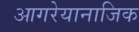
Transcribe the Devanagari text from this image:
आगरेयानाजिक